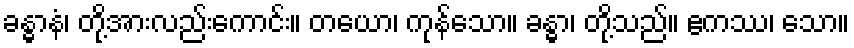
ခန္ဓာနံ၊ တို့အားလည်းကောင်း။ တယော၊ ကုန်သော။ ခန္ဓာ၊ တို့သည်။ ဧကဿ၊ သော။